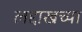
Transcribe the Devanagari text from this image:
लद्दाखच्या